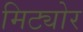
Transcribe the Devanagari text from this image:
मिट्योर